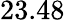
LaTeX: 23.48